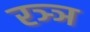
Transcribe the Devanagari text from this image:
रञ्ञ